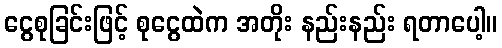
ငွေစုခြင်းဖြင့် စုငွေထဲက အတိုး နည်းနည်း ရတာပေါ့။